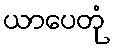
ယာပေတုံ